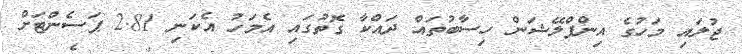
ޖުލައި މަހުގެ އިންފްލޭޝަން ހިސާބުތައް ދައްކާ ގޮތުގައި އެމަހު އެކަނި 2.81 ޕަސެންޓަށް